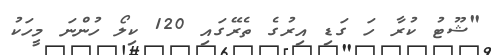
"ޝޫޓު ކުރާ ހަ ގަޑި އިރުގެ ތެރޭގައި 120 ކިލޯ ހުންނަ މީހަކު